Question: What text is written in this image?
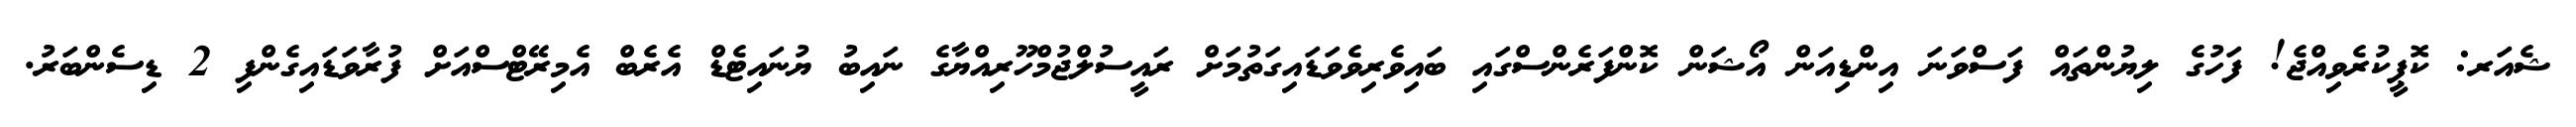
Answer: ޝެއަރ: ކޮޕީކުރެވިއްޖެ! ފަހުގެ ލިޔުންތައް ފަސްވަނަ އިންޑިއަން އޯޝަން ކޮންފަރެންސްގައި ބައިވެރިވެވަޑައިގަތުމަށް ރައީސުލްޖުމްހޫރިއްޔާގެ ނައިބު ޔުނައިޓެޑް އެރެބް އެމިރޭޓްސްއަށް ފުރާވަޑައިގެންފި 2 ޑިސެންބަރު.